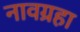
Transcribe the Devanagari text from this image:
नावग्रहा